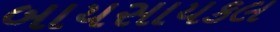
બાયસાયકલ